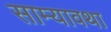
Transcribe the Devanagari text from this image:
साम्यावथा